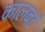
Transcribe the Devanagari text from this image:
कालबर्ट